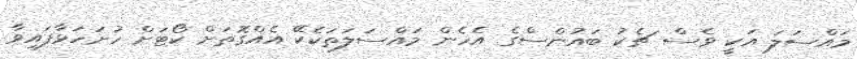
މައްސަލަ އަކީ ވެސް ޗެކު ބައުންސްގެ އެހެން މައްސަލަތަކެކޭ އެއްގޮތަށް ކޯޓަށް ހުށަހަޅާފައިވާ